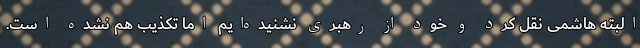
البته هاشمی نقل کرد و خود از رهبری نشنیده‌ایم اما تکذیب هم نشده است.